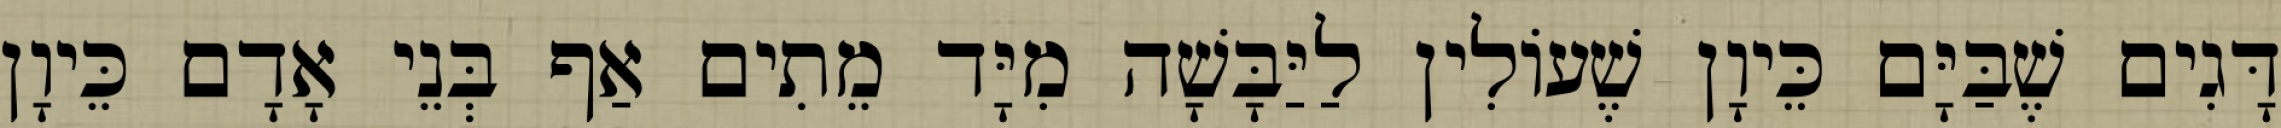
דָּגִים שֶׁבַּיָּם כֵּיוָן שֶׁעוֹלִין לַיַּבָּשָׁה מִיָּד מֵתִים אַף בְּנֵי אָדָם כֵּיוָן